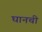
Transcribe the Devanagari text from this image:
घानची